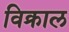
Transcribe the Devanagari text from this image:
विक्राल